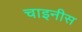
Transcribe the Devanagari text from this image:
चाइनीस